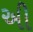
અી